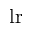
\mathrm { l r }